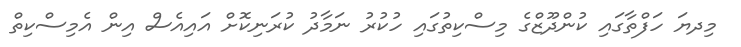
މިިދޔަ ހަފްތާގައި ކުންދޫޒްގެ މިސްކިތުގައި ހުކުރު ނަމާދު ކުރަނިކޮށް އައިއެސް އިން އެމިސްކިތް